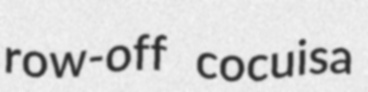
row-off cocuisa